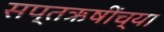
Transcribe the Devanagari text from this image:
सप्तऋषींच्या